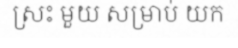
ស្រះ មួយ សម្រាប់ យក